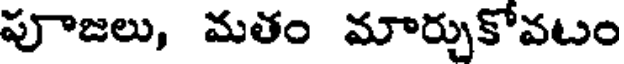
పూజలు, మతం మార్చుకోవటం